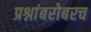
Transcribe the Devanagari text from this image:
प्रश्नांबरोबरच